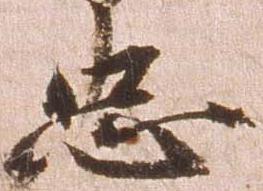
忠